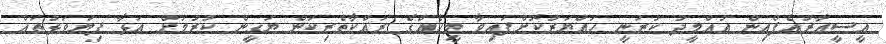
އީސީއާރުއެފްއިން އުއްމީދު ކުރަނީ ހައްޔަރުކޮށްފައިވާ މީހެއްގެ ރައްކާތެރިކަން ޔަގީން ކުރުމަށް އަޅާ ފިޔަވަޅުތައް